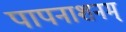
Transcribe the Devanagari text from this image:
पापनाशनम्